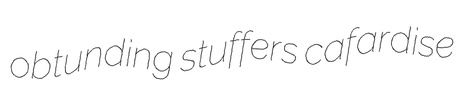
obtunding stuffers cafardise